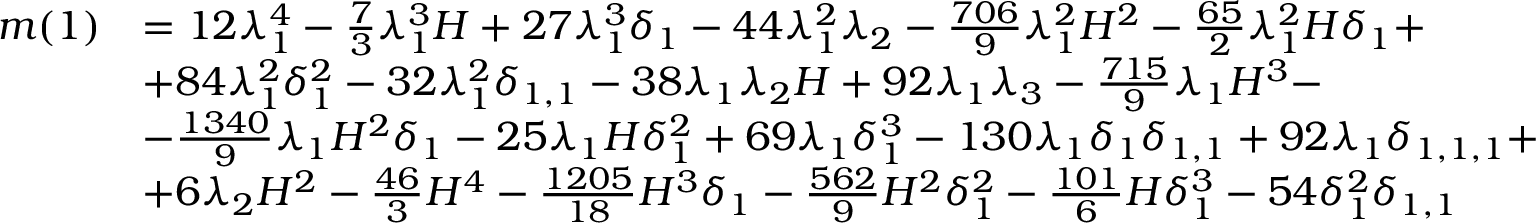
\begin{array} { r l } { m ( 1 ) } & { = 1 2 \lambda _ { 1 } ^ { 4 } - \frac { 7 } { 3 } \lambda _ { 1 } ^ { 3 } H + 2 7 \lambda _ { 1 } ^ { 3 } \delta _ { 1 } - 4 4 \lambda _ { 1 } ^ { 2 } \lambda _ { 2 } - \frac { 7 0 6 } { 9 } \lambda _ { 1 } ^ { 2 } H ^ { 2 } - \frac { 6 5 } { 2 } \lambda _ { 1 } ^ { 2 } H \delta _ { 1 } + } \\ & { + 8 4 \lambda _ { 1 } ^ { 2 } \delta _ { 1 } ^ { 2 } - 3 2 \lambda _ { 1 } ^ { 2 } \delta _ { 1 , 1 } - 3 8 \lambda _ { 1 } \lambda _ { 2 } H + 9 2 \lambda _ { 1 } \lambda _ { 3 } - \frac { 7 1 5 } { 9 } \lambda _ { 1 } H ^ { 3 } - } \\ & { - \frac { 1 3 4 0 } { 9 } \lambda _ { 1 } H ^ { 2 } \delta _ { 1 } - 2 5 \lambda _ { 1 } H \delta _ { 1 } ^ { 2 } + 6 9 \lambda _ { 1 } \delta _ { 1 } ^ { 3 } - 1 3 0 \lambda _ { 1 } \delta _ { 1 } \delta _ { 1 , 1 } + 9 2 \lambda _ { 1 } \delta _ { 1 , 1 , 1 } + } \\ & { + 6 \lambda _ { 2 } H ^ { 2 } - \frac { 4 6 } { 3 } H ^ { 4 } - \frac { 1 2 0 5 } { 1 8 } H ^ { 3 } \delta _ { 1 } - \frac { 5 6 2 } { 9 } H ^ { 2 } \delta _ { 1 } ^ { 2 } - \frac { 1 0 1 } { 6 } H \delta _ { 1 } ^ { 3 } - 5 4 \delta _ { 1 } ^ { 2 } \delta _ { 1 , 1 } } \end{array}